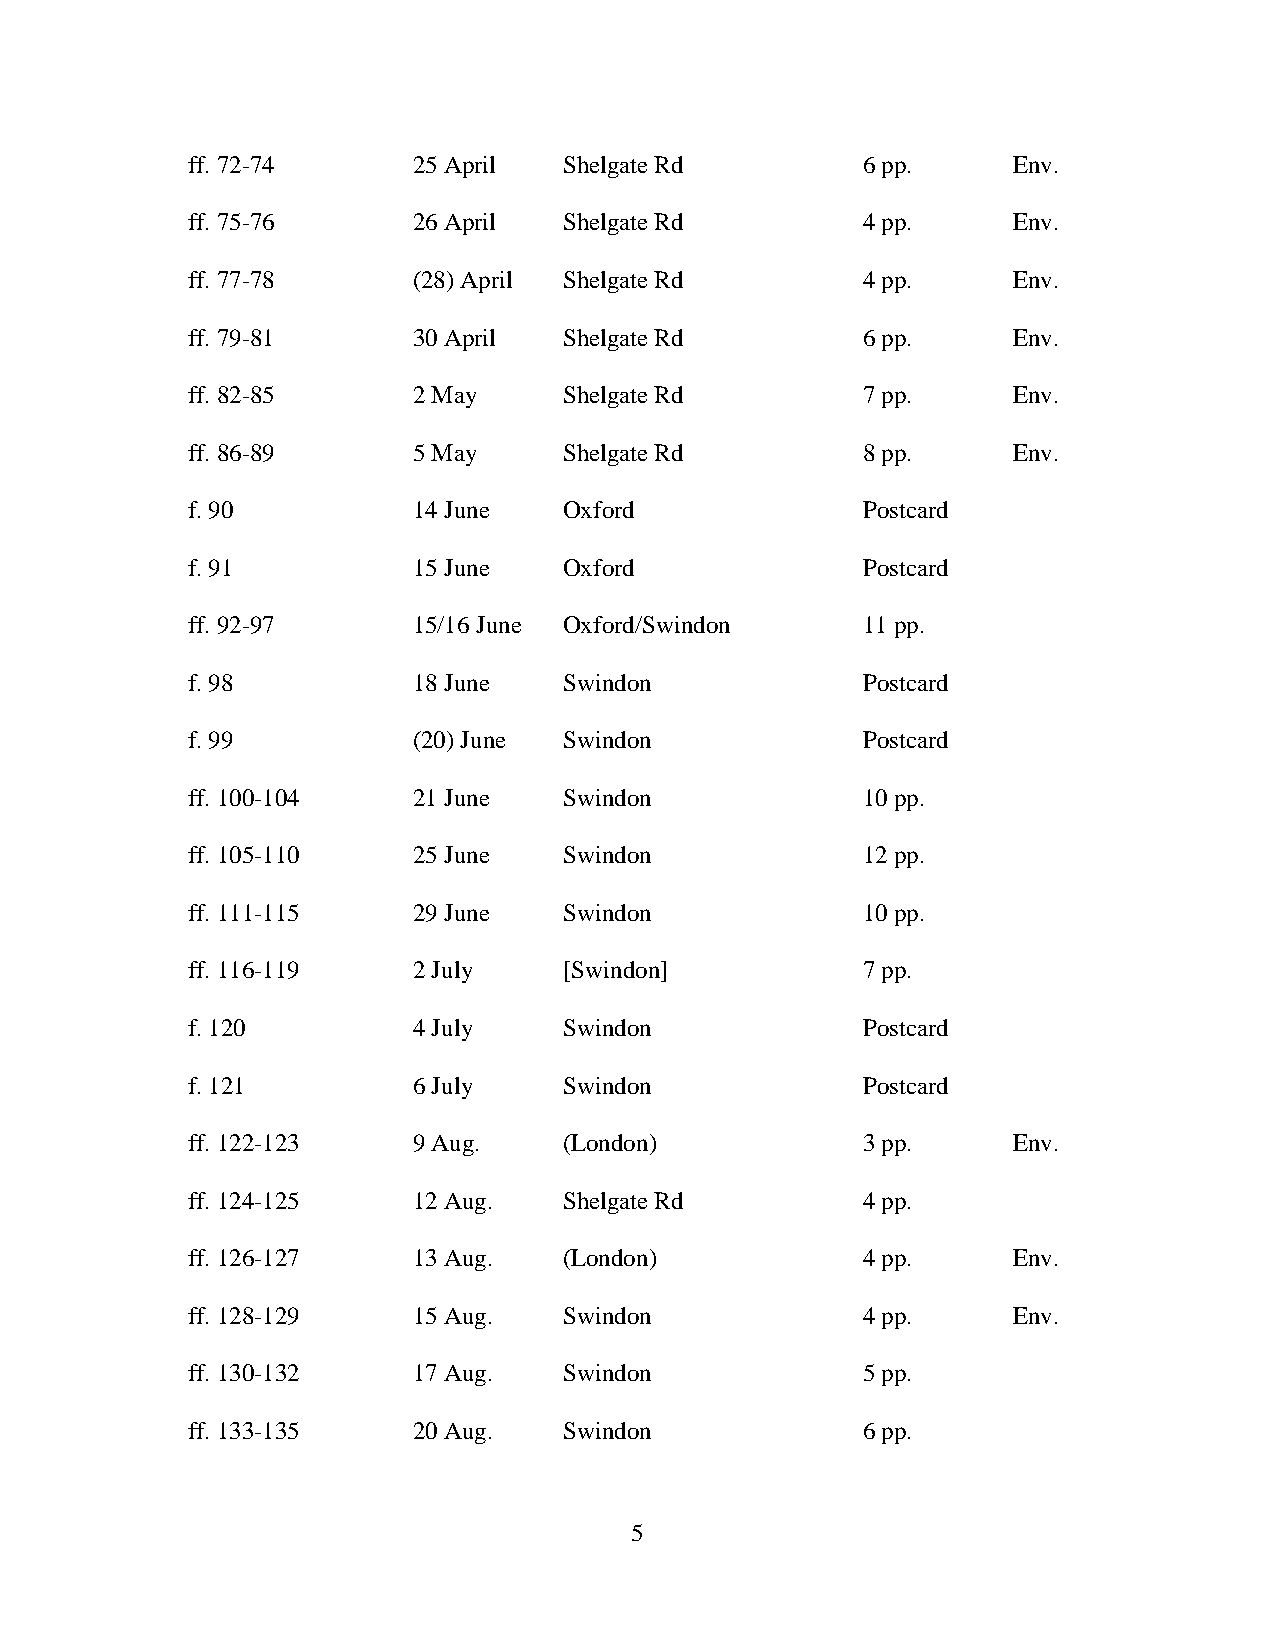
ff. 72-74      25 April  Shelgate Rd         6 pp.     Env.
 ff. 75-76      26 April  Shelgate Rd         4 pp.     Env.
 ff. 77-78      (28) April Shelgate Rd        4 pp.     Env.
 ff. 79-81      30 April  Shelgate Rd         6 pp.     Env.
 ff. 82-85      2 May     Shelgate Rd         7 pp.     Env.
 ff. 86-89      5 May     Shelgate Rd         8 pp.     Env.
 f. 90          14 June   Oxford              Postcard
 f. 91          15 June   Oxford              Postcard
 ff. 92-97      15/16 June Oxford/Swindon     11 pp.
 f. 98          18 June   Swindon             Postcard
 f. 99          (20) June Swindon             Postcard
 ff. 100-104    21 June   Swindon             10 pp.
 ff. 105-110    25 June   Swindon             12 pp.
 ff. 111-115    29 June   Swindon             10 pp.
 ff. 116-119    2 July    [Swindon]           7 pp.
 f. 120         4 July    Swindon             Postcard
 f. 121         6 July    Swindon             Postcard
 ff. 122-123    9 Aug.    (London)            3 pp.     Env.
 ff. 124-125    12 Aug.   Shelgate Rd         4 pp.
 ff. 126-127    13 Aug.   (London)            4 pp.     Env.
 ff. 128-129    15 Aug.   Swindon             4 pp.     Env.
 ff. 130-132    17 Aug.   Swindon             5 pp.
 ff. 133-135    20 Aug.   Swindon             6 pp.
 5